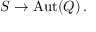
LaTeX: { \cal S } \to \mathrm { A u t } ( Q ) \, .